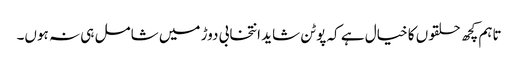
تاہم کچھ حلقوں کا خیال ہے کہ پوٹن شاید انتخابی دوڑ میں شامل ہی نہ ہوں۔